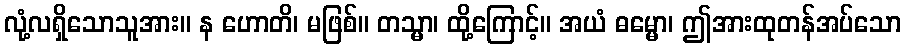
လုံ့လရှိသောသူအား။ န ဟောတိ၊ မဖြစ်။ တသ္မာ၊ ထို့ကြောင့်။ အယံ ဓမ္မော၊ ဤအားထုတန်အပ်သော